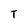
Character: T